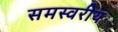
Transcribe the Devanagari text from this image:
समस्वरीय